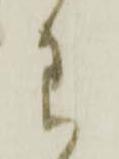
わ